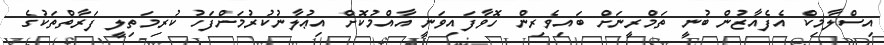
އިސްލާމިކް އެފެއާޒުން ބުނީ ތަމްރީނަށް ބައިވެރިން ހޮވާފައިވަނީ އާއްމުކޮށް އިޢުލާނުކުރުމަށްފަހު ކުރިމަތިލީ ފަރާތްތަކުގެ